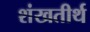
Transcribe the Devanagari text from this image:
शंखतीर्थ